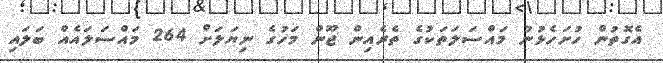
އެގޮތުން ހުށަހެޅުނު މައްސަލަތަކުގެ ތެރެއިން ޖޫން މަހުގެ ނިޔަލަށް 264 މައްސަލައެއް ބަލައި